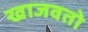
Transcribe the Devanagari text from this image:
खाजवतो